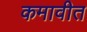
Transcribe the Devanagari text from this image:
कमावीत